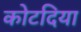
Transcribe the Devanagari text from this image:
कोटदिया